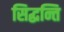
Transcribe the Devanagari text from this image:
सिद्धन्ति